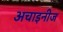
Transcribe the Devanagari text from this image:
अचाइनीज